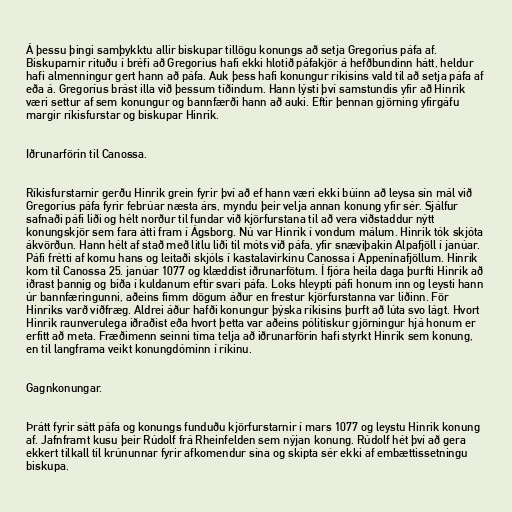
Á þessu þingi samþykktu allir biskupar tillögu konungs að setja Gregoríus páfa af.
Biskuparnir rituðu í bréfi að Gregoríus hafi ekki hlotið páfakjör á hefðbundinn hátt, heldur
hafi almenningur gert hann að páfa. Auk þess hafi konungur ríkisins vald til að setja páfa af
eða á. Gregoríus brást illa við þessum tíðindum. Hann lýsti því samstundis yfir að Hinrik
væri settur af sem konungur og bannfærði hann að auki. Eftir þennan gjörning yfirgáfu
margir ríkisfurstar og biskupar Hinrik.

Iðrunarförin til Canossa.

Ríkisfurstarnir gerðu Hinrik grein fyrir því að ef hann væri ekki búinn að leysa sín mál við
Gregoríus páfa fyrir febrúar næsta árs, myndu þeir velja annan konung yfir sér. Sjálfur
safnaði páfi liði og hélt norður til fundar við kjörfurstana til að vera viðstaddur nýtt
konungskjör sem fara átti fram í Ágsborg. Nú var Hinrik í vondum málum. Hinrik tók skjóta
ákvörðun. Hann hélt af stað með litlu liði til móts við páfa, yfir snæviþakin Alpafjöll í janúar.
Páfi frétti af komu hans og leitaði skjóls í kastalavirkinu Canossa í Appenínafjöllum. Hinrik
kom til Canossa 25. janúar 1077 og klæddist iðrunarfötum. Í fjóra heila daga þurfti Hinrik að
iðrast þannig og bíða í kuldanum eftir svari páfa. Loks hleypti páfi honum inn og leysti hann
úr bannfæringunni, aðeins fimm dögum áður en frestur kjörfurstanna var liðinn. För
Hinriks varð víðfræg. Aldrei áður hafði konungur þýska ríkisins þurft að lúta svo lágt. Hvort
Hinrik raunverulega iðraðist eða hvort þetta var aðeins pólitískur gjörningur hjá honum er
erfitt að meta. Fræðimenn seinni tíma telja að iðrunarförin hafi styrkt Hinrik sem konung,
en til langframa veikt konungdóminn í ríkinu.

Gagnkonungar.

Þrátt fyrir sátt páfa og konungs funduðu kjörfurstarnir í mars 1077 og leystu Hinrik konung
af. Jafnframt kusu þeir Rúdolf frá Rheinfelden sem nýjan konung. Rúdolf hét því að gera
ekkert tilkall til krúnunnar fyrir afkomendur sína og skipta sér ekki af embættissetningu
biskupa.